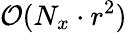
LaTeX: \mathcal{O}(N_{x}\cdot r^{2})